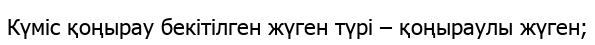
Күміс қоңырау бекітілген жүген түрі – қоңыраулы жүген;